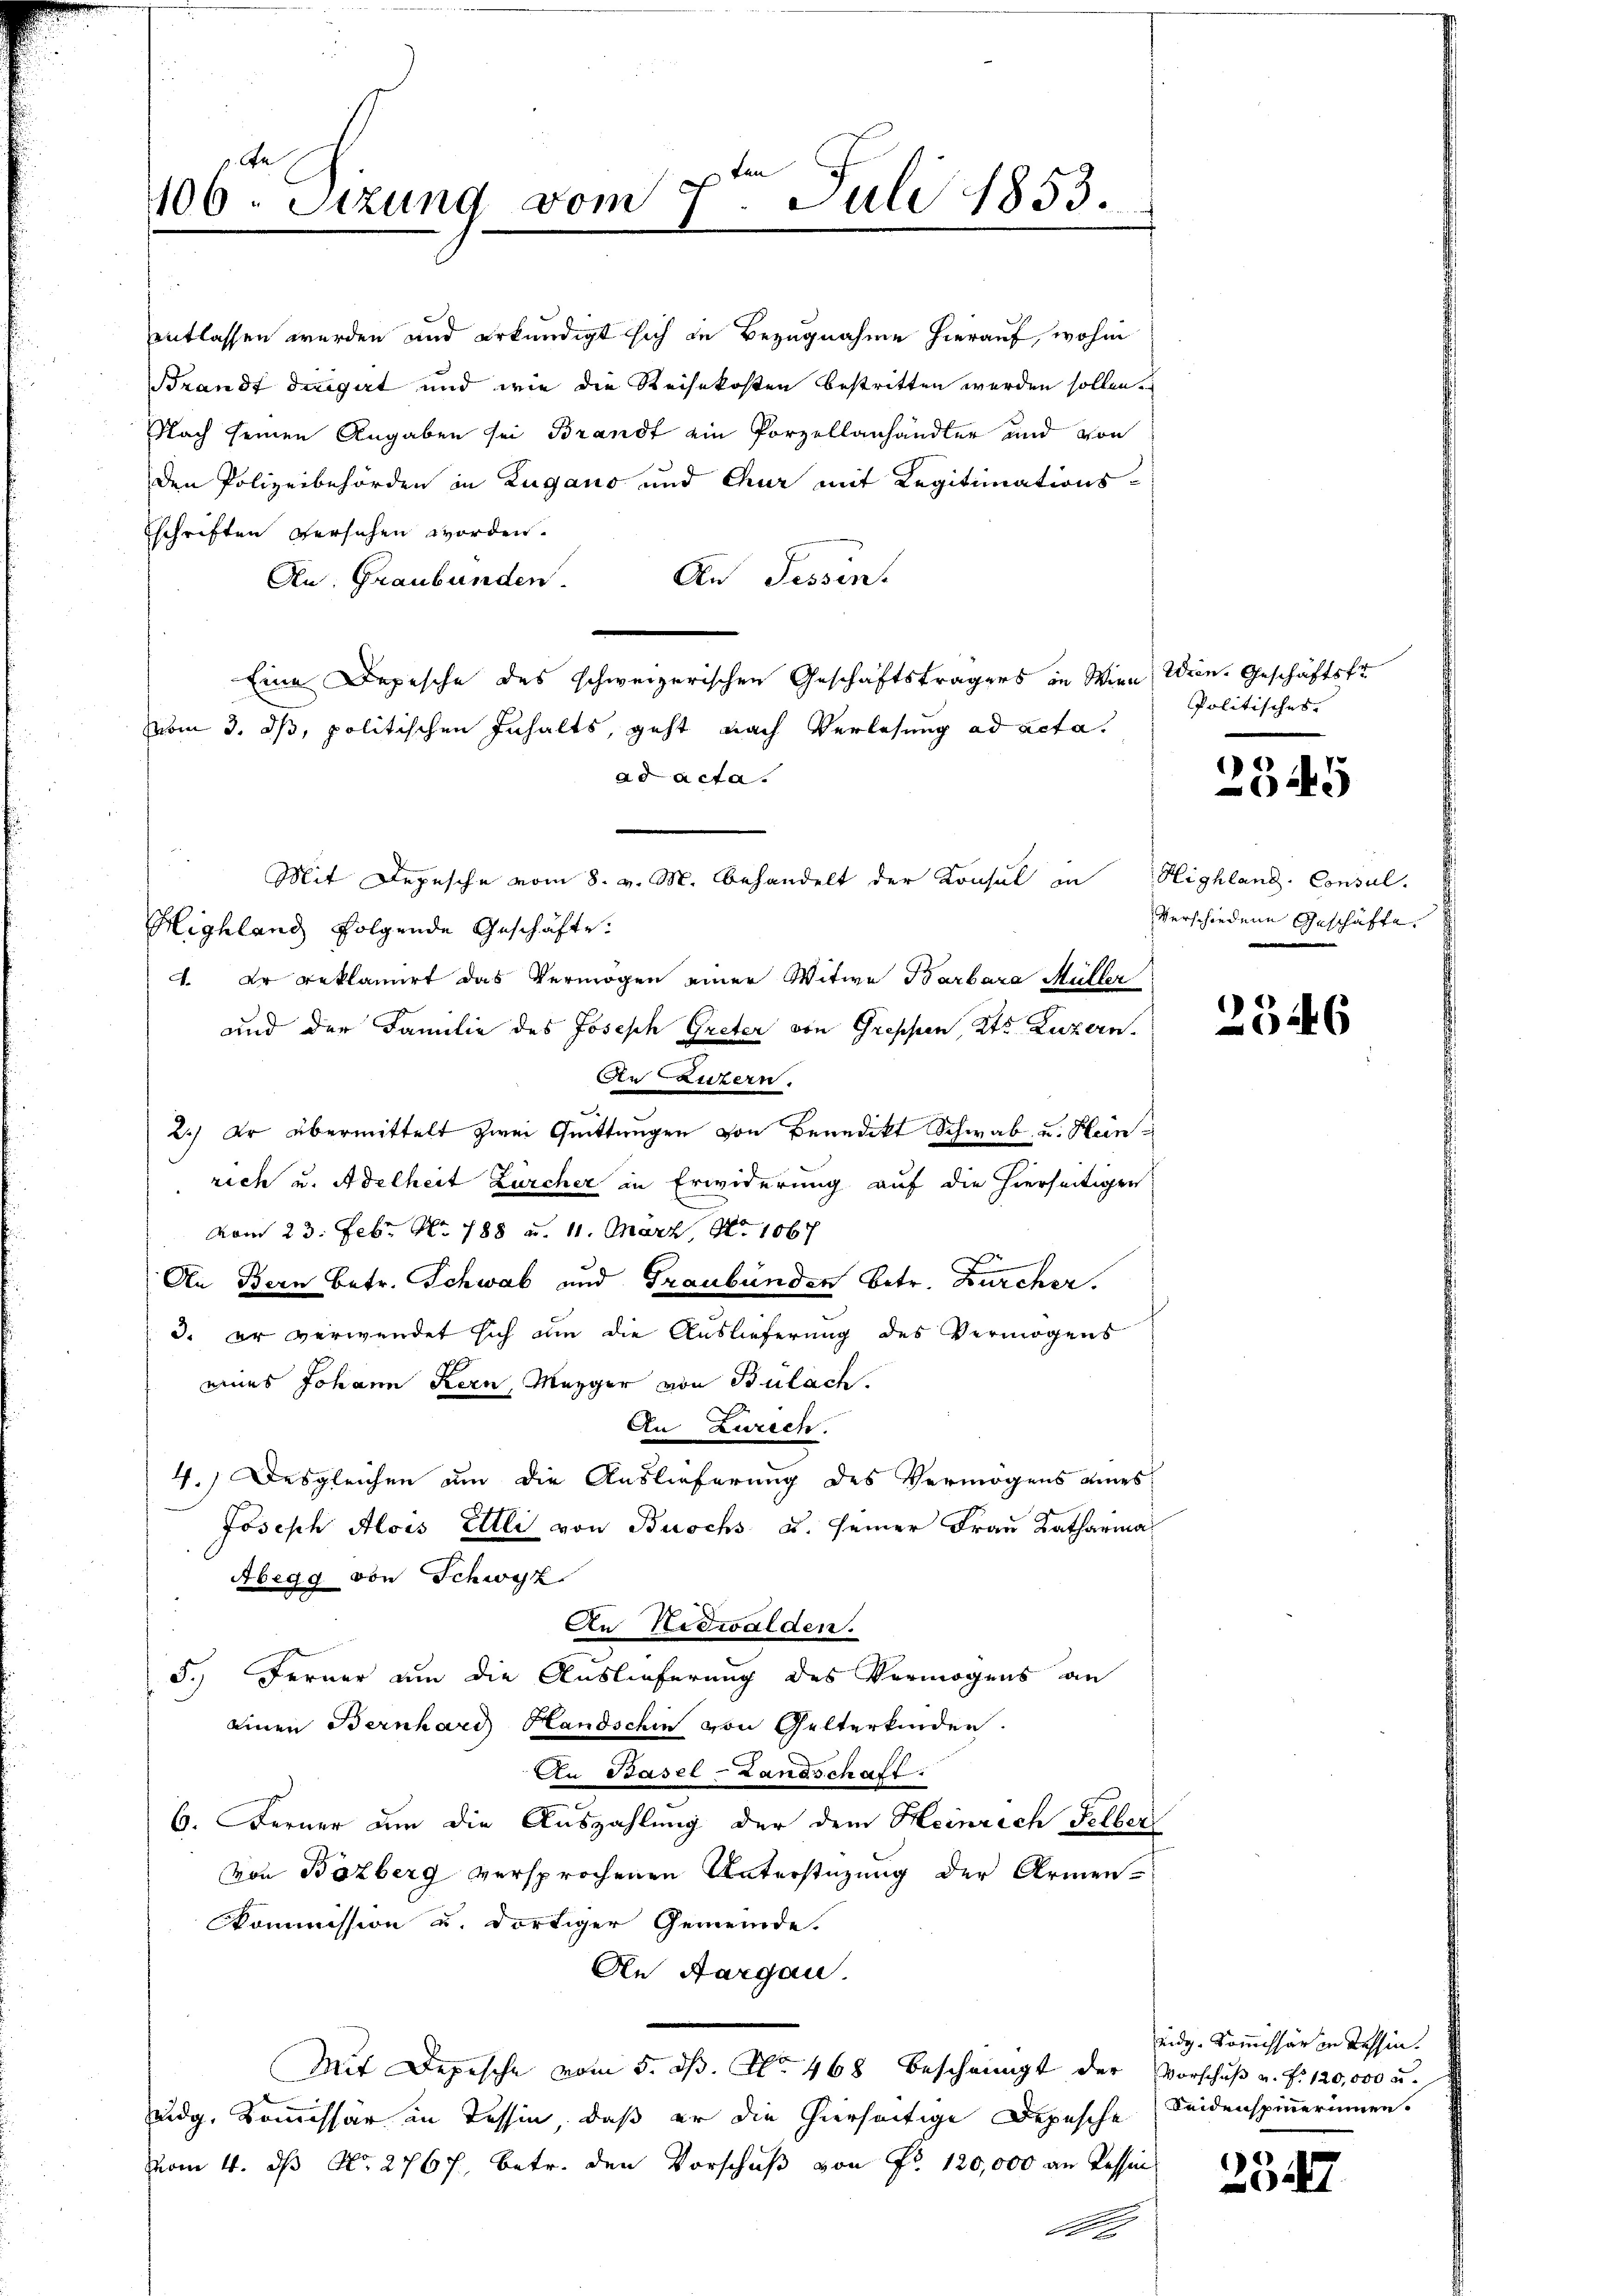
An
106. Sitzung vom 7. Juli 1853.
.

entlassen werden und erkundigt sich in Bezugnahme hierauf, wohin
Brandt dergut und wie die Reisekosten bestritten werden sollen.
Nach seinen Angaben sei Brandt ein Porzellanhändler und von
den Polizeibehörden in Zugano und Chur mit Legitimations-
schriften versichen worden.
An Tessin.
An Graubünden.
Eine Depesche des schweizerischen Geschäftsträgers in Wien Wien. Geschäftsfr
vom 3. ds, politischen Inhalts, geht nach Verlesung ad acta.
ad acta.
Highland folgende Geschäfte.
4. Er reklamirt das Vermögen einer Witwe Barbara Müller
und der Familie des Joseph Greter von Greppen, Kts. Luzern,
An Läutern.
2.) Er übermittelt zwei Quittungen von Benedikt Schwab und Hein
rich u. Adelheit Zürcher in Erwiderung auf die hierseitiger
vom 23. Febr. Nr. 188 u. 11. März, No 1067
An Bern betr. Schwab und Graubünden betr. Durcher.
3. er verwendet sich um die Auslieferung des Vermögens
eines Johann Kern, Mezger von Bülach
An Zürich
4.) Desgleichen um die Auslieferung des Vermögens eines
Joseph Alois Elli von Buochs u. seiner Frau Katharina
Abegg von Schwyz
An Nidwalden.
5. Ferner um die Auslieferung des Vermögens an
einen Bernhard Handschin von Gelterkinden.
An Basel-Landschaft:
6. Ferner am die Auszahlung der dem Heinrich selber
von Bärberg versprochenen Unterstützung der Armen-
Commission u. dortiger Gemeinde.
An Aargau.
Mit Depesche vom 5. ds. No. 468 bescheingt der Vorschuß u. f. 120,000 u.
udg. Kommissär in Tessin, daß er die hierseitige Depesche
vom 4. ds N. 2767, betr. den Vorschuß von Fr. 120,000 an Tessin
1

Mit Depesche vom 8. v. M. behandelt der Konsul in

Politisches.

¬
0445

Highland. Consul
verschiedene Geschäfte.
m

2546

eidg. Kommissär in Tessin.
Seidensperinnen.

25